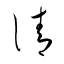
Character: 淸